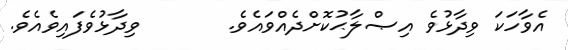
އެވާހަކަ ވިދާޅުވެ އިޞްލާޙުކޮށްދެއްވައެވެ.       ވިދާޅުވެފައިވެއެވެ.